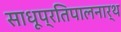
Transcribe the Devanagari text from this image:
साधूप्रतिपालनार्थ